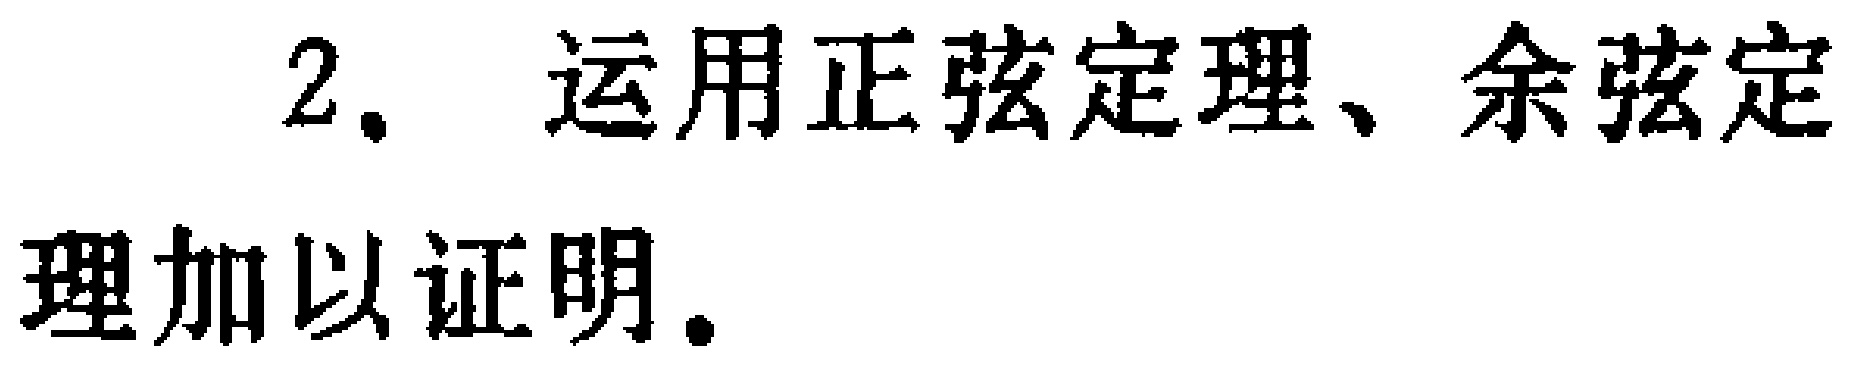
2. 运用正弦定理、余弦定理加以证明.